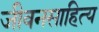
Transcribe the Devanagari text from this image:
जीवनसाहित्य